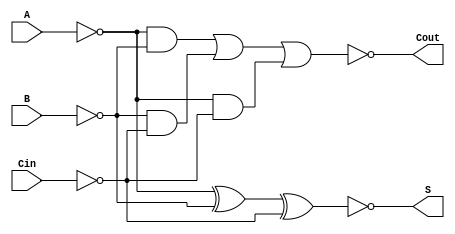
module NegativeCircuitFullAdder (
    input wire A,     // First significant bit (active low)
    input wire B,     // Second significant bit (active low)
    input wire Cin,   // Carry-in bit (active low)
    output wire S,    // Sum output bit (active low)
    output wire Cout   // Carry-out bit (active low)
);

    wire A_inv;          // Inverted A
    wire B_inv;          // Inverted B
    wire Cin_inv;        // Inverted Cin
    wire A_and_B;        // A AND B
    wire B_and_Cin;      // B AND Cin
    wire A_and_Cin;      // A AND Cin
    wire sum_temp;       // Intermediate sum for active high logic
    wire carry_temp;     // Intermediate carry for active high logic
    
    // Invert inputs for negative logic
    assign A_inv = ~A;  // A active low
    assign B_inv = ~B;  // B active low
    assign Cin_inv = ~Cin; // Cin active low

    // Carry-out logic: Cout = NOT((A AND B) OR (B AND Cin) OR (A AND Cin))
    assign A_and_B = A_inv & B_inv;          // A AND B (active high)
    assign B_and_Cin = B_inv & Cin_inv;      // B AND Cin (active high)
    assign A_and_Cin = A_inv & Cin_inv;      // A AND Cin (active high)
    
    assign carry_temp = A_and_B | B_and_Cin | A_and_Cin; // OR condition
    assign Cout = ~carry_temp; // Invert for active low output

    // Sum logic: S = NOT(A XOR B XOR Cin)
    assign sum_temp = (A_inv ^ B_inv) ^ Cin_inv; // XOR condition (active high)
    assign S = ~sum_temp; // Invert for active low output

endmodule